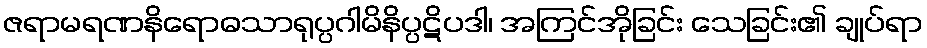
ဇရာမရဏနိရောဓသာရုပ္ပဂါမိနိပ္ပဋိပဒါ၊ အကြင်အိုခြင်း သေခြင်း၏ ချုပ်ရာ